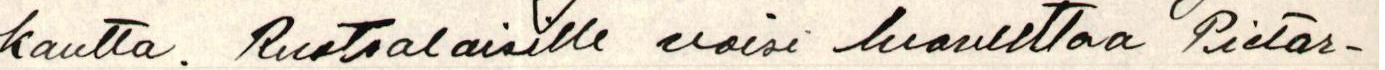
kautta. Ruotsalaisille voisi luovuttaa Pietar-